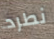
نطرد